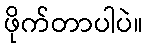
ဖိုက်တာပါပဲ။